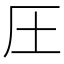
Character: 圧